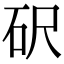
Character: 𥐮